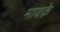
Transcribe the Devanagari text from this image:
मायक़े